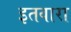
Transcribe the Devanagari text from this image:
इतवारा